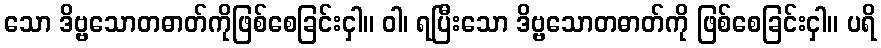
သော ဒိဗ္ဗသောတဓာတ်ကိုဖြစ်စေခြင်းငှါ။ ဝါ၊ ရပြီးသော ဒိဗ္ဗသောတဓာတ်ကို ဖြစ်စေခြင်းငှါ။ ပရိ